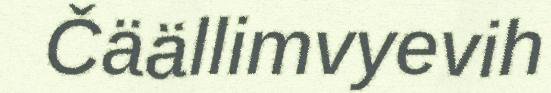
Čäällimvyevih